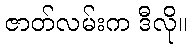
ဇာတ်လမ်းက ဒီလို။